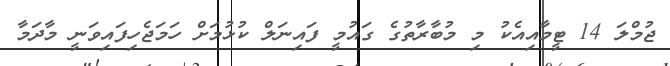
ޖުމްލަ 14 ޓީމާއިއެކު މި މުބާރާތުގެ ގައުމީ ފައިނަލް ކުޅުމަށް ހަމަޖެހިފައިވަނީ މާދަމާ